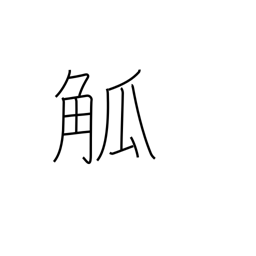
Meaning: cup